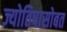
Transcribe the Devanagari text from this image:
ज्योतिषासोबत